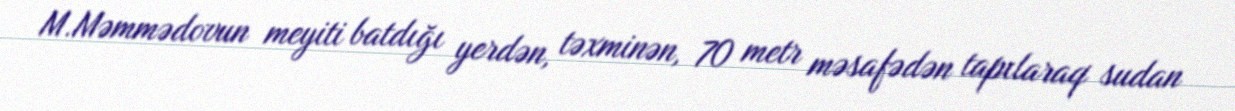
M.Məmmədovun meyiti batdığı yerdən, təxminən, 70 metr məsafədən tapılaraq sudan